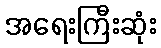
အရေးကြီးဆုံး